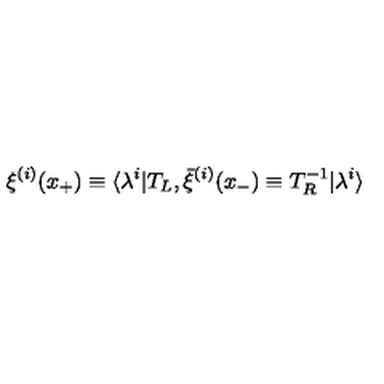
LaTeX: \xi ^ { ( i ) } ( x _ { + } ) \equiv \langle \lambda ^ { i } | T _ { L } , { } \bar { \xi } ^ { ( i ) } ( x _ { - } ) \equiv T _ { R } ^ { - 1 } | \lambda ^ { i } \rangle